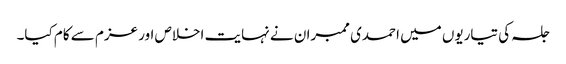
جلسہ کی تیاریوں میں احمدی ممبران نے نہایت اخلاص اور عزم سے کام کیا۔